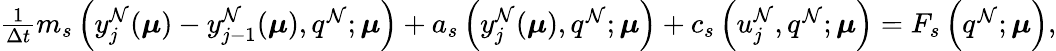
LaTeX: \begin{array}{r}{\frac{1}{\Delta t}m_{s}\left(y_{j}^{\mathcal{N}}(\boldsymbol{\mu})-y_{j-1}^{\mathcal{N}}(\boldsymbol{\mu}),q^{\mathcal{N}};\boldsymbol{\mu}\right)+a_{s}\left(y_{j}^{\mathcal{N}}(\boldsymbol{\mu}),q^{\mathcal{N}};\boldsymbol{\mu}\right)+c_{s}\left(u_{j}^{\mathcal{N}},q^{\mathcal{N}};\boldsymbol{\mu}\right)=F_{s}\left(q^{\mathcal{N}};\boldsymbol{\mu}\right),}\end{array}